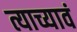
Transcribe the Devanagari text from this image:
त्याच्यावं